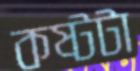
কষ্টটা